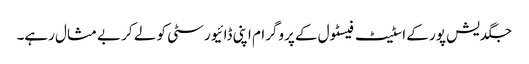
جگدیش پور کے اسٹیٹ فیسٹول کے پروگرام اپنی ڈائیورسٹی کو لے کر بے مثال رہے۔